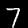
Label: 7